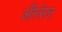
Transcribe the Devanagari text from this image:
अँग़रेज